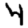
Digit: 4